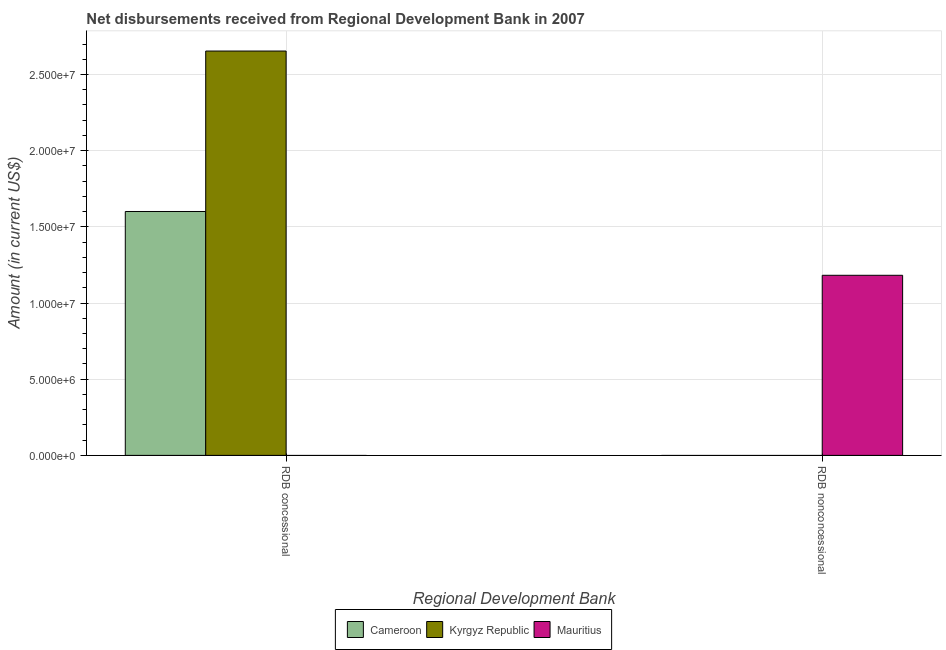
| Regional Development Bank | Cameroon | Kyrgyz Republic | Mauritius |
 | --- | --- | --- | --- |
 | RDB concessional | 1.6e+07 | 2.65e+07 | -1.41e+05 |
 | RDB nonconcessional | -1.95e+07 | -6.4e+06 | 1.18e+07 |